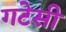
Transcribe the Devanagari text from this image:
गटेसी